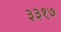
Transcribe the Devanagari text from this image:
३३१७